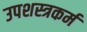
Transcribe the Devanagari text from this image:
उपशस्त्रकर्म